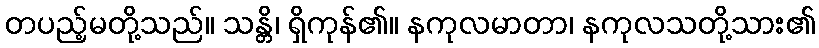
တပည့်မတို့သည်။ သန္တိ၊ ရှိကုန်၏။ နကုလမာတာ၊ နကုလသတို့သား၏